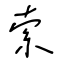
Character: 索